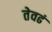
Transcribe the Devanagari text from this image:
तेवढं